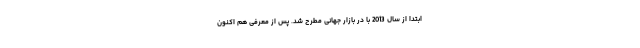
ابتدا از سال 2013 با در بازار جهانی مطرح شد. پس از معرفی هم اکنون